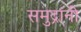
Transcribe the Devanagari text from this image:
समुद्रांनी